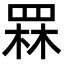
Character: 罧